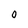
Character: O